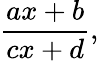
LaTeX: {\frac{ax+b}{cx+d}},